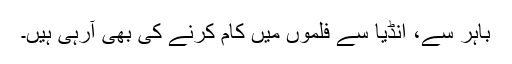
باہر سے، انڈیا سے فلموں میں کام کرنے کی بھی آرہی ہیں۔